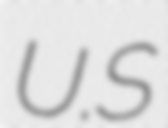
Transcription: U.S